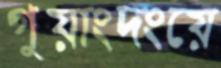
গুয়াংদংয়ে